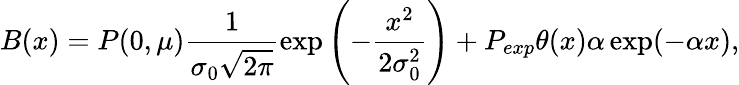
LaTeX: B(x)=P(0,\mu)\frac{1}{\sigma_{0}\sqrt{2\pi}}\exp\left(-\frac{x^{2}}{2\sigma_{0}^{2}}\right)+P_{exp}\theta(x)\alpha\exp(-\alpha x),